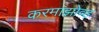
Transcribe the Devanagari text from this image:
करमाझोव्ह